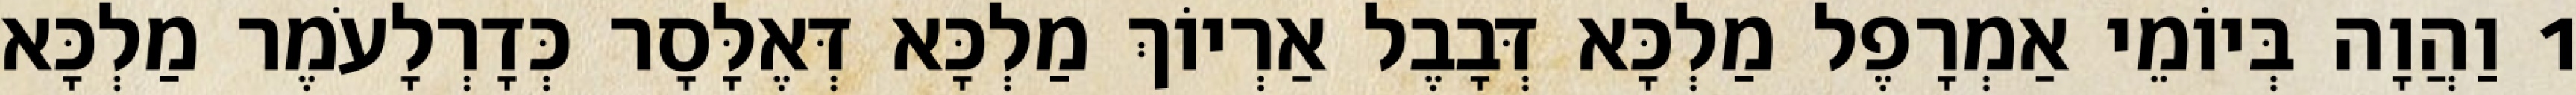
1 וַהֲוָה בְּיוֹמֵי אַמְרָפֶל מַלְכָּא דְּבָבֶל אַרְיוֹךְ מַלְכָּא דְּאֶלָּסָר כְּדָרְלָעֹמֶר מַלְכָּא